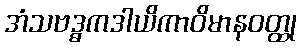
အံသဗဒ္ဓကဒါယိကာဝိမာနဝတ္ထု